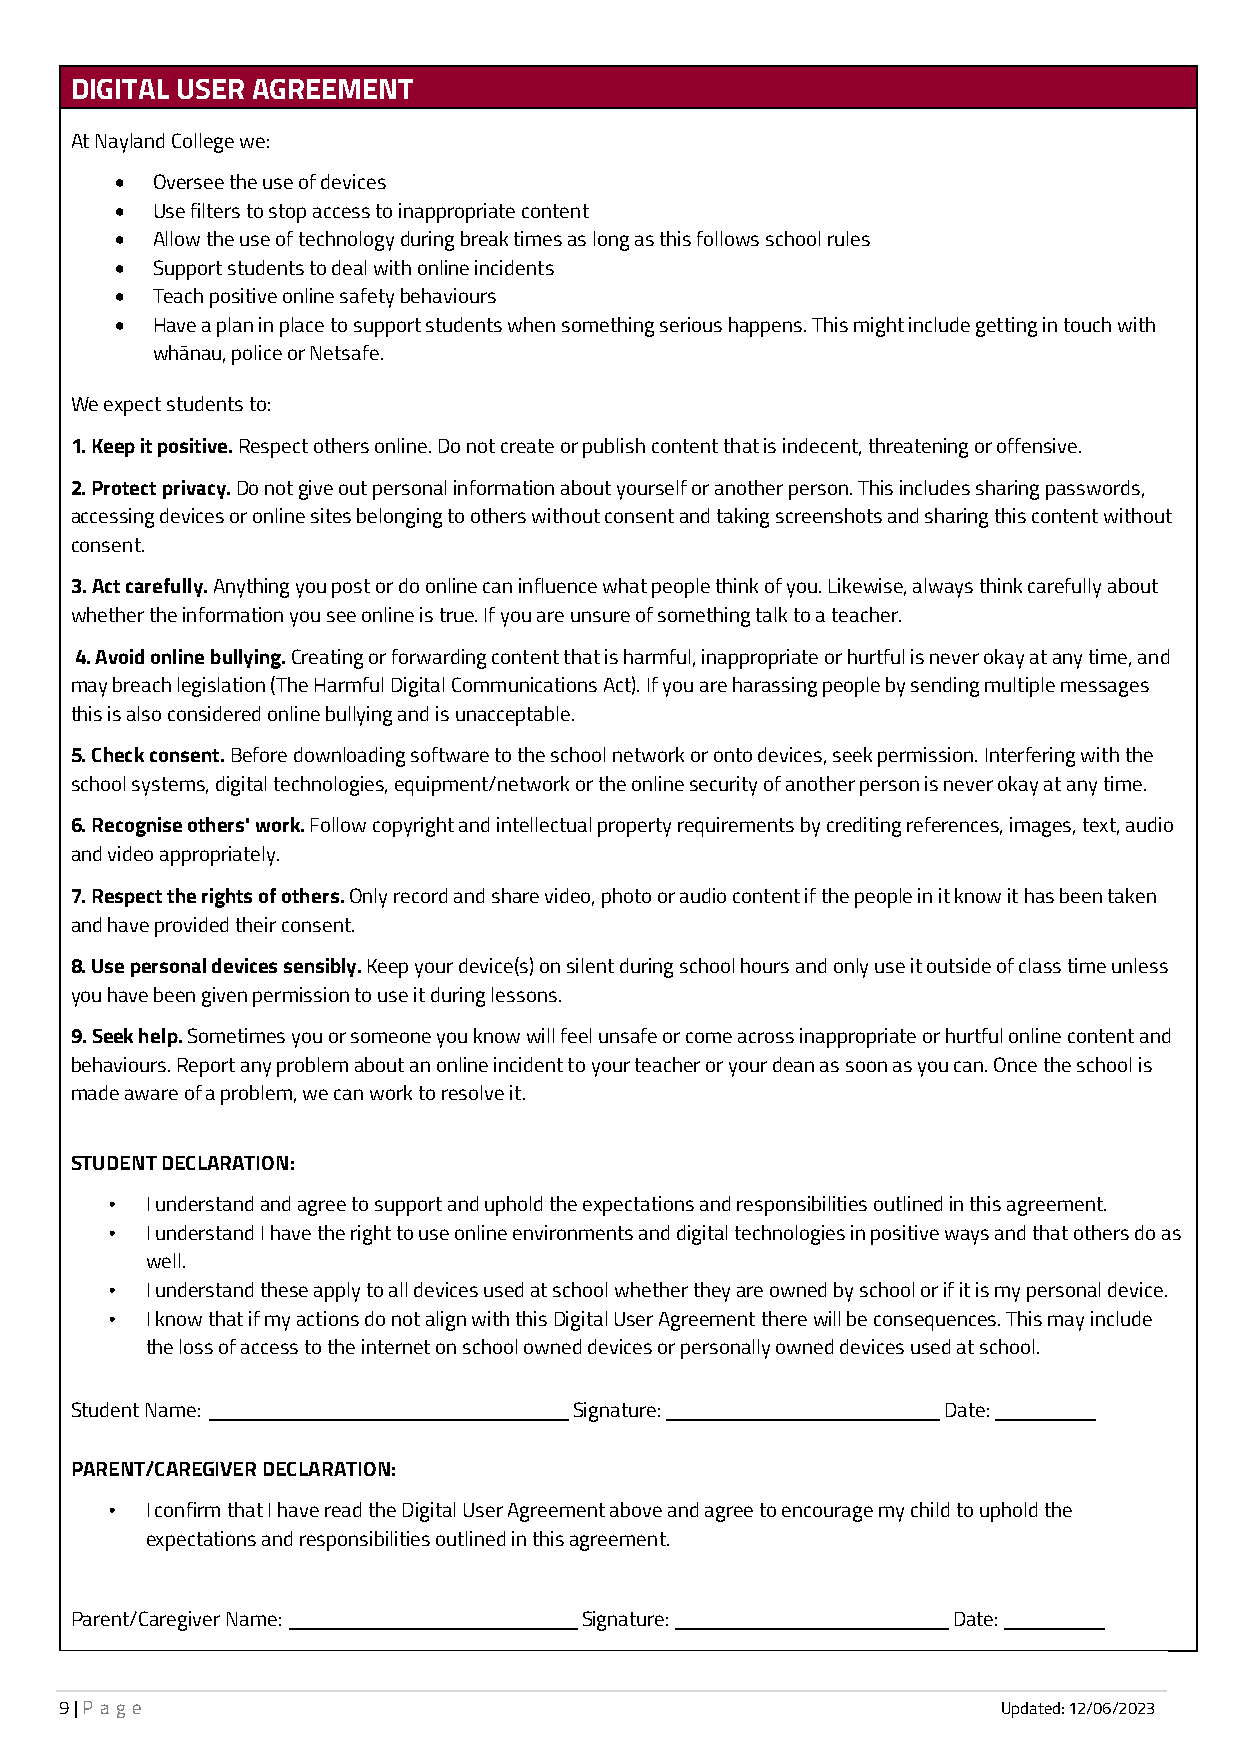
DIGITAL USER AGREEMENT
 At Nayland College we:
 •
 Oversee the use of devices
 •
 Use filters to stop access to inappropriate content
 •
 Allow the use of technology during break times as long as this follows school rules
 •
 Support students to deal with online incidents
 •
 Teach positive online safety behaviours
 •
 Have a plan in place to support students when something serious happens. This might include getting in touch with
 whānau, police or Netsafe.
 We expect students to:
 1.Keep it positive.
 Respect others online. Do not create or publish content that is indecent, threatening or offensive.
 2.Protect privacy.
 Do not give out personal information about yourself or another person. This includes sharing passwords,
 accessing devices or online sites belonging to others without consent and taking screenshots and sharing this content without
 consent.
 3.Act carefully.
 Anything you post or do online can influence what people think of you. Likewise, always think carefully about
 whether the information you see online is true. If you are unsure of something talk to a teacher.
 4.Avoid online bullying.
 Creating or forwarding content that is harmful, inappropriate or hurtful is never okay at any time, and
 may breach legislation (The Harmful Digital Communications Act). If you are harassing people by sending multiple messages
 this is also considered online bullying and is unacceptable.
 5.Check consent.
 Before downloading software to the school network or onto devices, seek permission. Interfering with the
 school systems, digital technologies, equipment/network or the online security of another person is never okay at any time.
 6.Recognise others' work.
 Follow copyright and intellectual property requirements by crediting references, images, text, audio
 and video appropriately.
 7.Respect the rights of others.
 Only record and share video, photo or audio content if the people in it know it has been taken
 and have provided their consent.
 8.Use personal devices sensibly.
 Keep your device(s) on silent during school hours and only use it outside of class time unless
 you have been given permission to use it during lessons.
 9.Seek help.
 Sometimes you or someone you know will feel unsafe or come across inappropriate or hurtful online content and
 behaviours. Report any problem about an online incident to your teacher or your dean as soon as you can. Once the school is
 made aware of a problem, we can work to resolve it.
 STUDENT DECLARATION:
 •
 I understand and agree to support and uphold the expectations and responsibilities outlined in this agreement.
 •
 I understand I have the right to use online environments and digital technologies in positive ways and that others do as
 well.
 •
 I understand these apply to all devices used at school whether they are owned by school or if it is my personal device.
 •
 I know that if my actions do not align with this Digital User Agreement there will be consequences. This may include
 the loss of access to the internet on school owned devices or personally owned devices used at school.
 _________________________     ___________________   _______
 Student Name:                    Signature:              Date:
 PARENT/CAREGIVER DECLARATION:
 •
 I confirm that I have read the Digital User Agreement above and agree to encourage my child to uphold the
 expectations and responsibilities outlined in this agreement.
 ____________________      ___________________  _______
 Parent/Caregiver Name:           Signature:               Date:
 9 | P a g e                                                   Updated: 12/06/2023